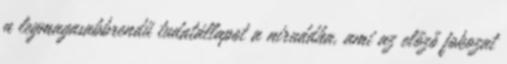
a legmagasabbrendű tudatállapot a niruddha, ami az előző fokozat